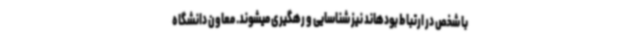
با شخص در ارتباط بودهاند نیز شناسایی و رهگیری میشوند. معاون دانشگاه